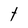
Character: t